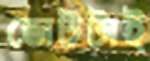
ভোটটাই